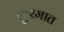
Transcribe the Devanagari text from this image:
कुरमात